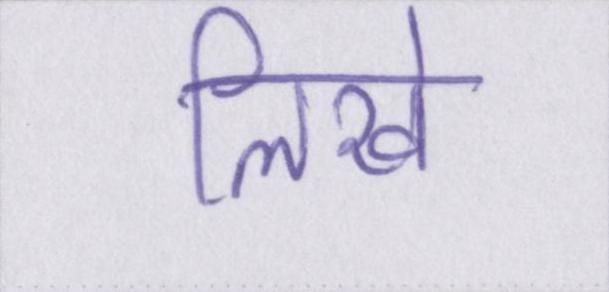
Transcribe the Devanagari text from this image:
लिखे